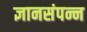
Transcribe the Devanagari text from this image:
ज्ञानसंपन्न